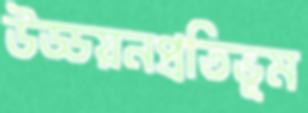
উড্ডয়নপ্রতিভূম